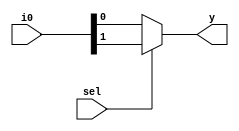
module multiplexer2to1(i0,sel,y);

	input [1:0] i0;
	input sel;
	output y;
	
	assign y = sel ? i0[1] : i0[0];
	
	endmodule